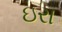
ઇરા